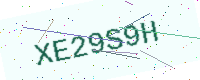
Text: XE29S9H